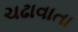
ચઢાવાતા